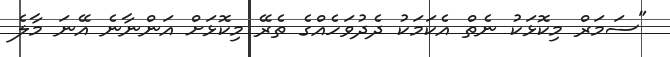
"ސަމަރް މިކޮޅަކު ނެތް އެކަމަކު ދެދުވަހެއްގެ ތެރޭ މިކޮޅަށް އަންނާނެ އޭނަ މާލެ